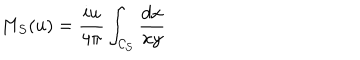
M _ { S } ( u ) = \frac { i u } { 4 \pi } \int _ { \cal C _ { S } } \frac { d x } { x y }